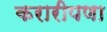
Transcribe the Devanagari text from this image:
करारीपणा